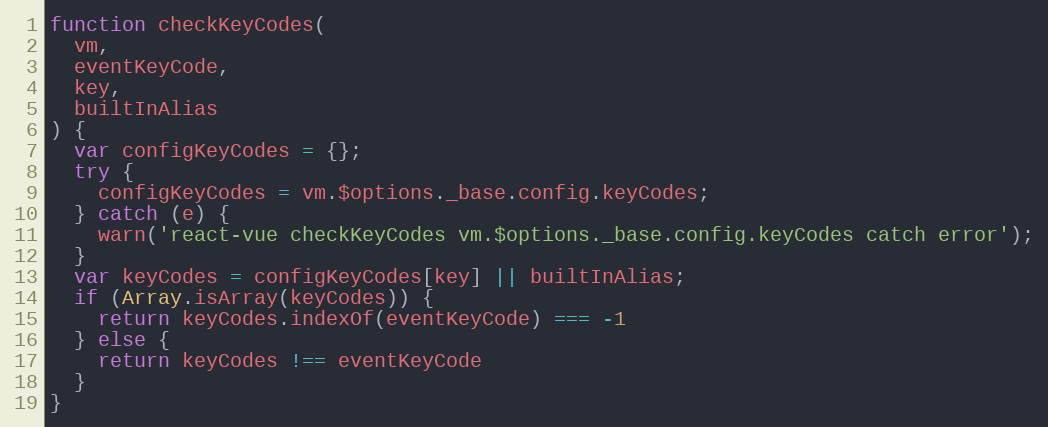
Language: JavaScript
function checkKeyCodes(
  vm,
  eventKeyCode,
  key,
  builtInAlias
) {
  var configKeyCodes = {};
  try {
    configKeyCodes = vm.$options._base.config.keyCodes;
  } catch (e) {
    warn('react-vue checkKeyCodes vm.$options._base.config.keyCodes catch error');
  }
  var keyCodes = configKeyCodes[key] || builtInAlias;
  if (Array.isArray(keyCodes)) {
    return keyCodes.indexOf(eventKeyCode) === -1
  } else {
    return keyCodes !== eventKeyCode
  }
}